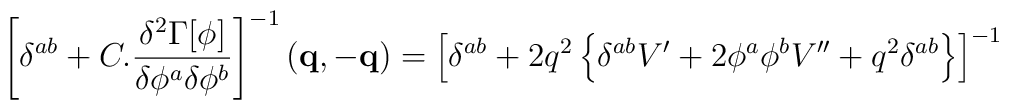
\left [ \delta^{a b} +C.\frac{\delta^2 \Gamma[\phi]}{\delta \phi^a\delta \phi^b} \right ]^{-1}(\mathbf{q},\mathbf{-q}) = \left [ \delta^{a b} + 2 q^2 \left \{\delta^{ab} V' + 2  \phi^a\phi^b V'' + q^2 \delta^{ab} \right \} \right ]^{-1}